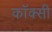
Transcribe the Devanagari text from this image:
कॉक्सी